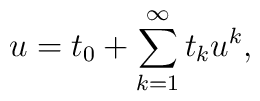
u = t_{0} + \sum_{k=1}^{\infty} t_{k}u^{k},